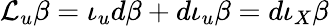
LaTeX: \mathcal{L}_{u}\beta=\iota_{u}d\beta+d\iota_{u}\beta=d\iota_{X}\beta